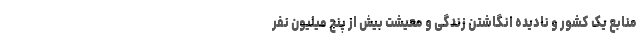
منابع یک کشور و نادیده انگاشتن زندگی و معیشت بیش از پنج میلیون نفر